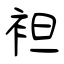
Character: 袒